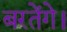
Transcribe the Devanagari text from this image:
बरतेंगे।